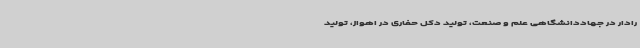
رادار در جهاددانشگاهی علم و صنعت، تولید دکل حفاری در اهواز، تولید